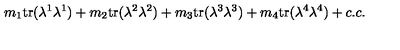
m _ { 1 } \mathrm { t r } ( \lambda ^ { 1 } \lambda ^ { 1 } ) + m _ { 2 } \mathrm { t r } ( \lambda ^ { 2 } \lambda ^ { 2 } ) + m _ { 3 } \mathrm { t r } ( \lambda ^ { 3 } \lambda ^ { 3 } ) + m _ { 4 } \mathrm { t r } ( \lambda ^ { 4 } \lambda ^ { 4 } ) + c . c .